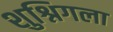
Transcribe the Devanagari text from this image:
शुश्निगला